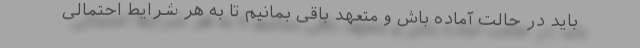
باید در حالت آماده باش و متعهد باقی بمانیم تا به هر شرایط احتمالی